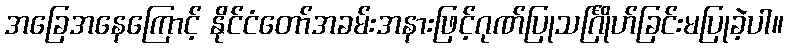
အခြေအနေကြောင့် နိုင်ငံတော်အခမ်းအနားဖြင့်ဂုဏ်ပြုသင်္ဂြိုဟ်ခြင်းမပြုခဲ့ပါ။